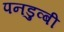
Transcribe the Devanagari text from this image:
पनडुव्बी